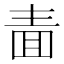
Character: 𭍥